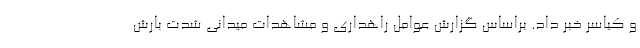
و کیاسر خبر داد. براساس گزارش عوامل راهداری و مشاهدات میدانی شدت بارش